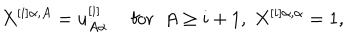
X ^ { [ i ] \alpha , A } = u _ { A \alpha } ^ { [ i ] } \quad \mathrm { ~ f o r ~ } \; A \geq i + 1 , \; X ^ { [ i ] \alpha , \alpha } = 1 ,